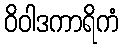
ဝိဝါဒကာရိကံ